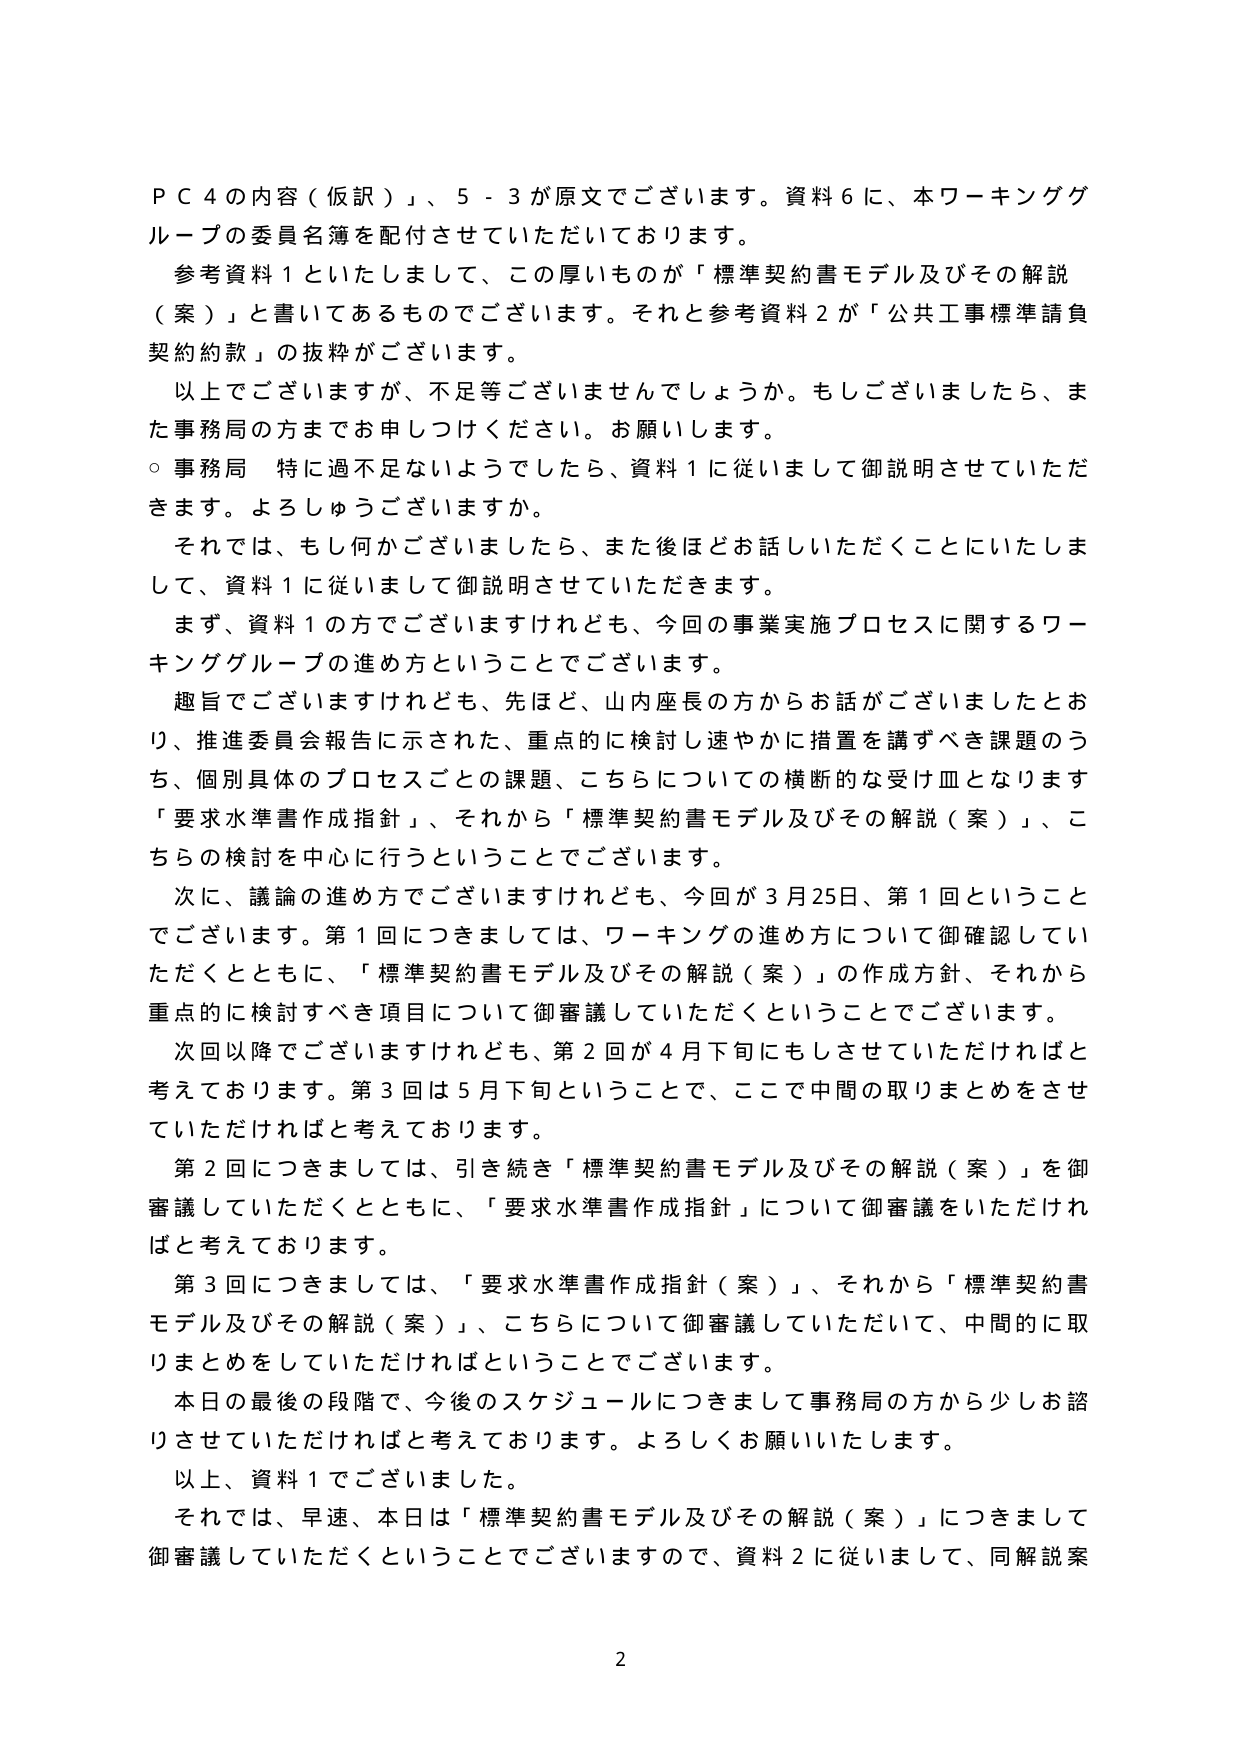
ＰＣ４の内容（仮訳）、５－３が原文でございます。資料６に、本ワーキンググループの委員名簿を配付させていただいております。

参考資料１といたしまして、この厚いものが「標準契約書モデル及びその解説（案）」と書いてあるものでございます。それと参考資料２が「公共工事標準請負契約約款」の抜粋がございます。

以上でございますが、不足等ございませんでしょうか。もしございましたら、また事務局の方までお申しつけください。お願いします。

○事務局　特に過不足ないようでしたら、資料１に従いまして御説明させていただきます。よろしゅうございますか。

それでは、もし何かございましたら、また後ほどお話しいただくことにいたしまして、資料１に従いまして御説明させていただきます。

まず、資料１の方でございますけれども、今回の事業実施プロセスに関するワーキンググループの進め方ということでございます。

趣旨でございますけれども、先ほど、山内座長の方からお話がございましたとおり、推進委員会報告に示された、重点的に検討し速やかに措置を講ずべき課題のうち、個別具体的プロセスごとの課題、こちらについての横断的な受け皿となります「要求水準書作成指針」、それから「標準契約書モデル及びその解説（案）」、こちらの検討を中心に行うということでございます。

次に、議論の進め方でございますけれども、今回が３月25日、第１回ということでございます。第１回につきましては、ワーキングの進め方について御確認していただくとともに、「標準契約書モデル及びその解説（案）」の作成方針、それから重点的に検討すべき項目について御審議していただくということでございます。

次回以降でございますけれども、第２回が４月下旬にもしさせていただければと考えております。第３回は５月下旬ということで、ここで中間の取りまとめをさせていただければと考えております。

第２回につきましては、引き続き「標準契約書モデル及びその解説（案）」を御審議していただくとともに、「要求水準書作成指針」について御審議をいただければと考えております。

第３回につきましては、「要求水準書作成指針（案）」、それから「標準契約書モデル及びその解説（案）」、こちらについて御審議していただいて、中間的に取りまとめをしていただければということでございます。

本日の最後の段階で、今後のスケジュールにつきまして事務局の方から少しお諮りさせていただければと考えております。よろしくお願いいたします。

以上、資料１でございました。

それでは、早速、本日は「標準契約書モデル及びその解説（案）」につきまして御審議していただくということでございますので、資料２に従いまして、同解説案

2